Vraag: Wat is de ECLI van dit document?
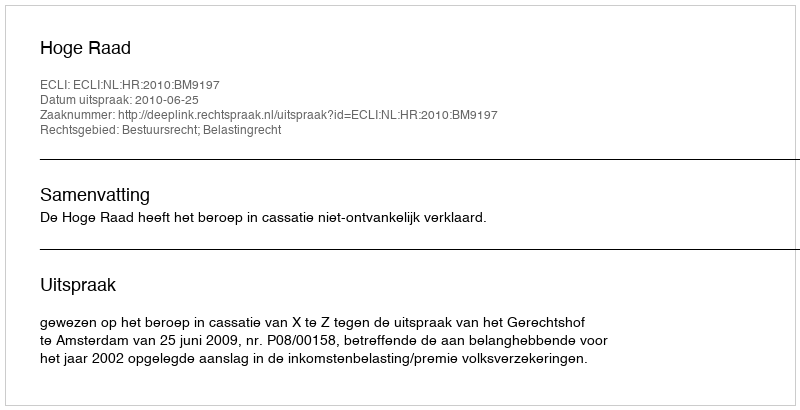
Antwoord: ECLI:NL:HR:2010:BM9197